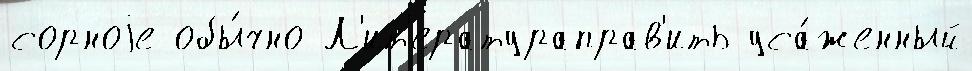
сорноjе обы́чно Л'ит'ератураправ'ить уса́женный